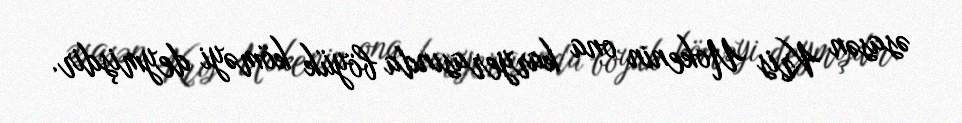
əsasən Kris Uokenin ona karyerasında böyük köməyi deymişdir.